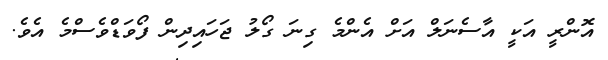
އޮންރީ އަކީ އާސެނަލް އަށް އެންމެ ގިނަ ގޯލު ޖަހައިދިން ފޯވަޑްވެސްމެ އެވެ.